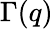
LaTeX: \Gamma(q)